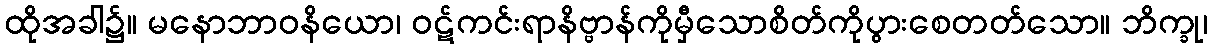
ထိုအခါ၌။ မနောဘာဝနိယော၊ ဝဋ်ကင်းရာနိဗ္ဗာန်ကိုမှီသောစိတ်ကိုပွားစေတတ်သော။ ဘိက္ခု၊